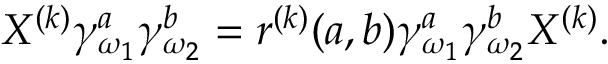
X ^ { ( k ) } \gamma _ { \omega _ { 1 } } ^ { a } \gamma _ { \omega _ { 2 } } ^ { b } = r ^ { ( k ) } ( a , b ) \gamma _ { \omega _ { 1 } } ^ { a } \gamma _ { \omega _ { 2 } } ^ { b } X ^ { ( k ) } .